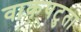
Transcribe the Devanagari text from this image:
वाक्‌पटुता